Annual administration report of the Civil Veterinary Department of India - 1898-1899
Year: 1898
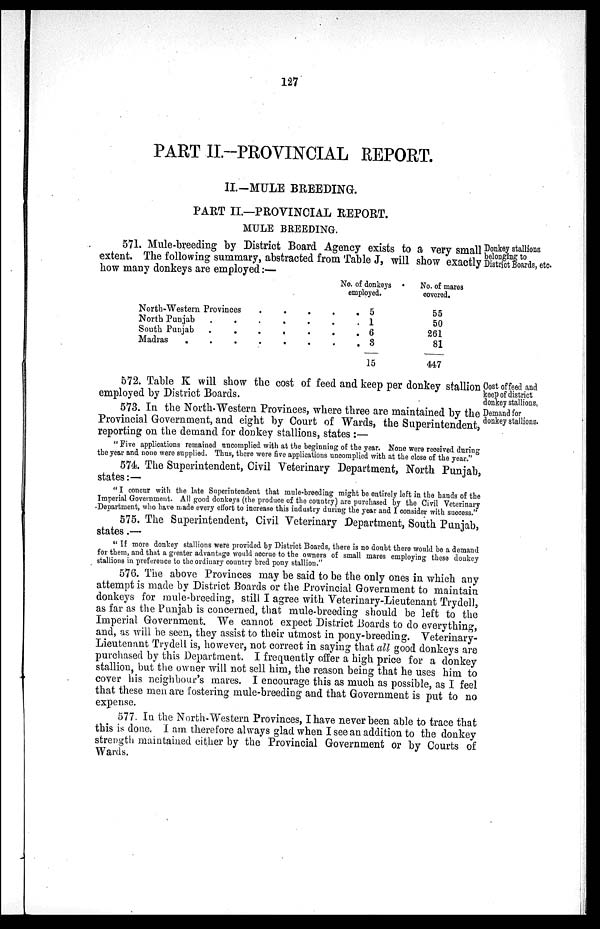
127
PART II.-PROVINCIAL REPORT.
II.-MULE BREEDING.
PART II.—PROVINCIAL REPORT.
MULE BREEDING.
Donkey stallions
belonging to
District Boards, etc.
571. Mule-breeding by District Board Agency exists to a very small
extent. The following summary, abstracted from Table J, will show exactly
how many donkeys are employed:—
North-Western Provinces . . . . .
North Punjab . . . . . . .
South Punjab . . . . . . .
Madras . . . . . . . .
No. of donkeys
employed.
5
1
6
3
15
No. of mares
covered.
55
50
261
81
447
Cost of feed and
keep of district
donkey stallions,
572. Table K will show the cost of feed and keep per donkey stallion
employed by District Boards.
Demand for
donkey stallions.
573. In the North-Western Provinces, where three are maintained by the
Provincial Government, and eight by Court of Wards, the Superintendent,
reporting on the demand for donkey stallions, states:—
"Five applications remained uncomplied with at the beginning of the year. None were received during
the year and none were supplied. Thus, there were five applications uncomplied with at the close of the year."
574. The Superintendent, Civil Veterinary Department, North Punjab,
states:—
"I concur with the late Superintendent that mule-breeding might be entirely left in the hands of the
Imperial Government. All good donkeys (the produce of the country) are purchased by the Civil Veterinary
Department, who have made every effort to increase this industry during the year and I consider with success."
575. The Superintendent, Civil Veterinary Department, South Punjab,
states.—
"If more donkey stallions were provided by District Boards, there is no doubt there would be a demand
for them, and that a greater advantage would accrue to the owners of small mares employing these donkey
stallions in preference to the ordinary country bred pony stallion."
576. The above Provinces may be said to be the only ones in which any
attempt is made by District Boards or the Provincial Government to maintain
donkeys for mule-breeding, still I agree with Veterinary-Lieutenant Trydell,
as far as the Punjab is concerned, that mule-breeding should be left to the
Imperial Government. We cannot expect District Boards to do everything,
and, as will be seen, they assist to their utmost in pony-breeding. Veterinary-
Lieutenant Trydell is, however, not correct in saying that all good donkeys are
purchased by this Department. I frequently offer a high price for a donkey
stallion, but the owner will not sell him, the reason being that he uses him to
cover his neighbour's mares. I encourage this as much as possible, as I feel
that these men are fostering mule-breeding and that Government is put to no
expense.
577. In the North-Western Provinces, I have never been able to trace that
this is done. I am therefore always glad when I see an addition to the donkey
strength maintained either by the Provincial Government or by Courts of
Wards.